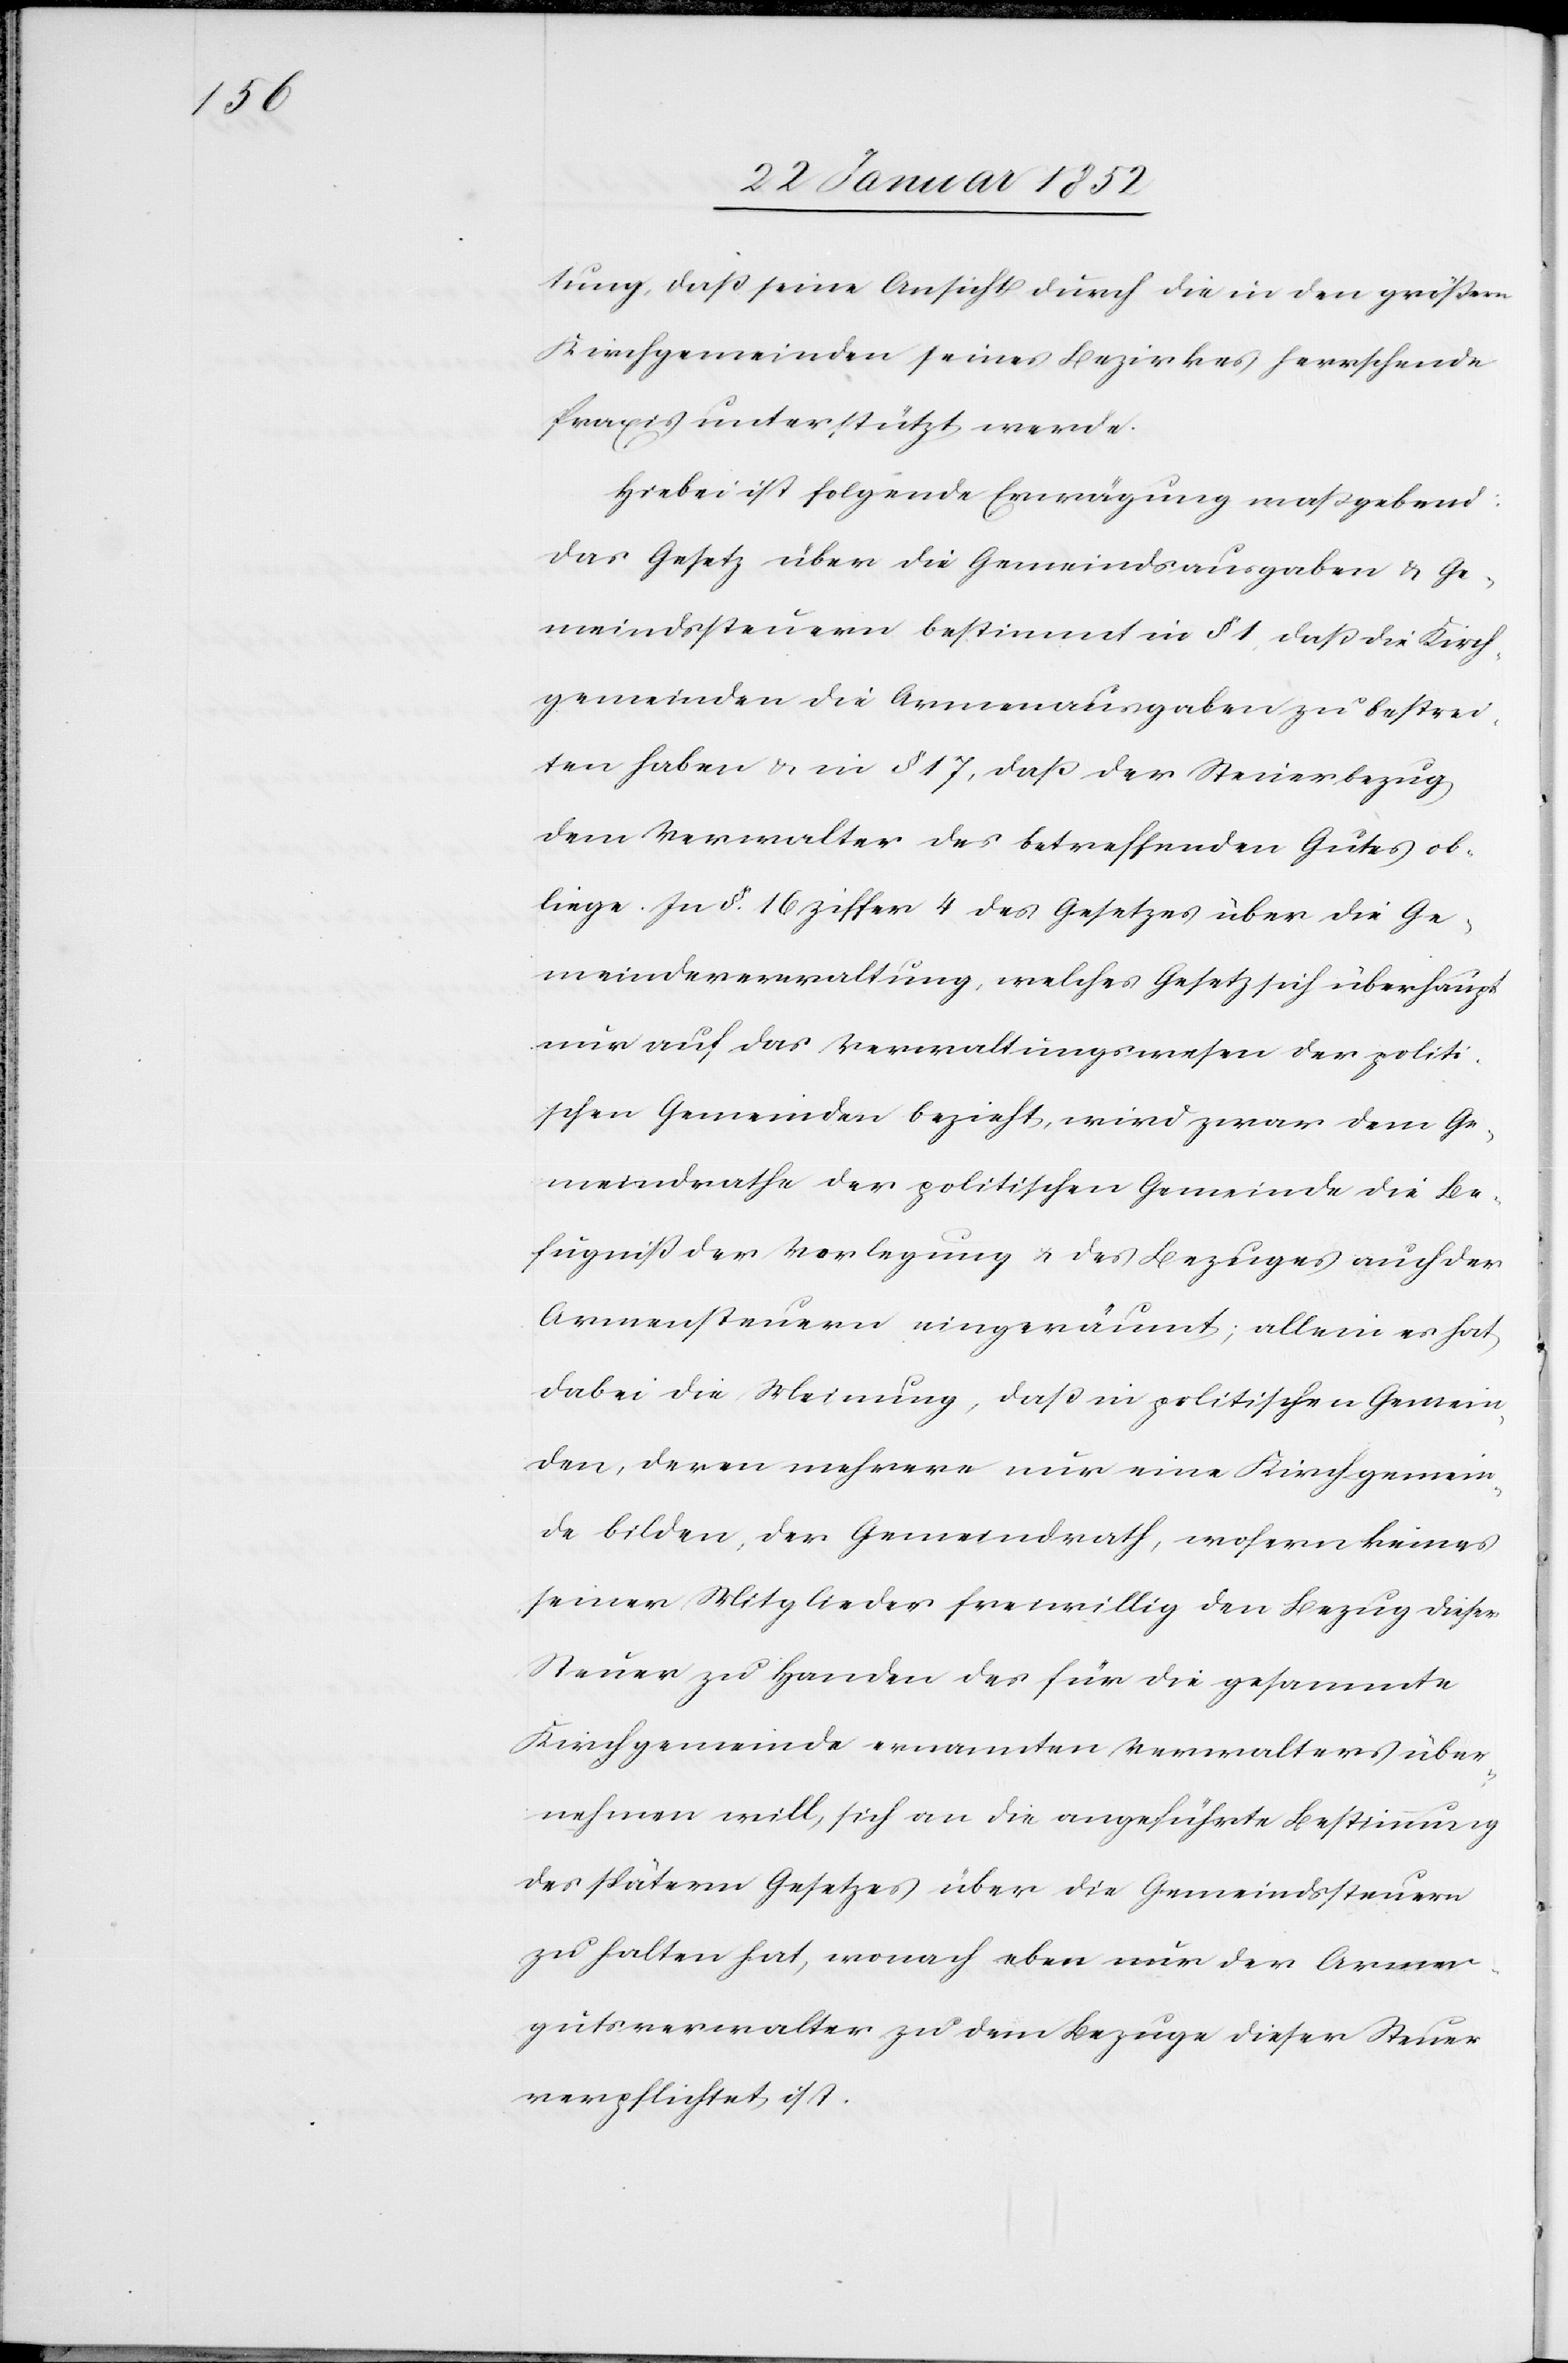
tung, daß seine Ansicht durch die in den größern
Kirchgemeinden seines Bezirkes herrschende
Praxis unterstützt werde.
Hiebei ist folgende Erwägung maßgebend:
Das Gesetz über die Gemeindsausgaben u. Ge¬
meindsteuern bestimmt in § 1 daß die Kirch¬
gemeinden die Armenausgaben zu bestrei¬
ten haben u. in § 17, daß der Steuerbezug
dem Verwalter des betreffenden Gutes ob¬
liege. In §. 16 Ziffer 4 des Gesetzes über die Ge¬
meindeverwaltung, welches Gesetz sich überhaupt
nur auf das Verwaltungswesen der politi¬
schen Gemeinde bezieht, wird zwar dem Ge¬
meindrathe der politischen Gemeinde die Be¬
fugniß der Vorlegung u. des Bezuges auch der
Armensteuern eingeräumt, allein er hat
dabei die Meinung, daß in politischen Gemein¬
den, deren mehrere nur eine Kirchgemein¬
de bilden, der Gemeindrath, wofern keines
seiner Mitglieder freiwillig den Bezug dieser
Steuer zu Handen des für die Gesammt-K¬
irchgemeinde ernannten Verwalters über¬
nehmen will, sich an die angeführte Bestimmung
des spätern Gesetzes über die Gemeindssteuern
zu halten hat, wonach eben nur der Armen¬
gutsverwalter zu dem Bezuge dieser Steuer
verpflichtet ist.